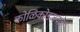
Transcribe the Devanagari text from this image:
कोळिकोडजवळ